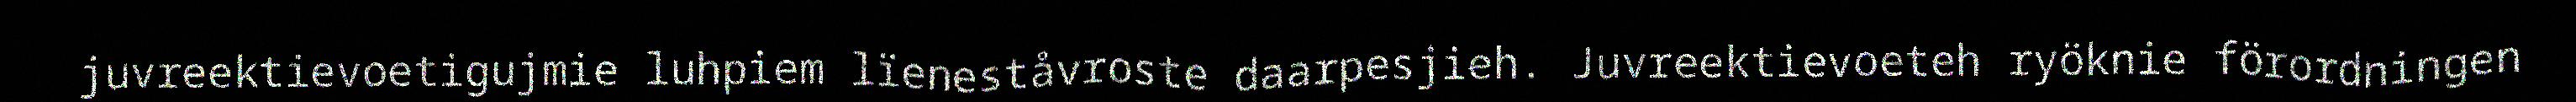
juvreektievoetigujmie luhpiem lïeneståvroste daarpesjieh. Juvreektievoeteh ryöknie förordningen